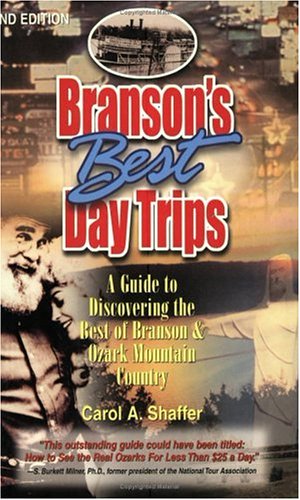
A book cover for Branson's Best Day Trips: A Guide To Discovering The Best Of Branson And Ozark Mountain Country; Carol Shaffer; Travel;